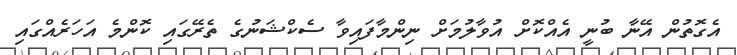
އެގޮތުން އޭނާ ބުނީ އެއްކޮށް އުވާލުމަށް ނިންމާފައިވާ ސެކްޝަނުގެ ތެރޭގައި ކޮންމެ އަހަރެއްގައި